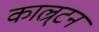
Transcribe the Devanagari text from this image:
काल्र्टन